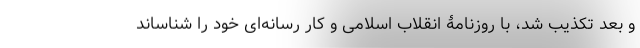
و بعد تکذیب شد، با روزنامۀ انقلاب اسلامی و کار رسانه‌ای خود را شناساند